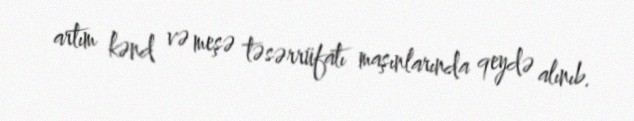
artım kənd və meşə təsərrüfatı maşınlarında qeydə alınıb.